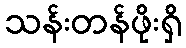
သန်းတန်ဖိုးရှိ